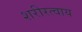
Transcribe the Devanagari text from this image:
शरीरत्वाय